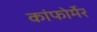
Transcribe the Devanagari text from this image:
कांफोर्मेर